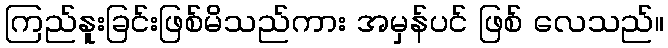
ကြည်နူးခြင်းဖြစ်မိသည်ကား အမှန်ပင် ဖြစ် လေသည်။